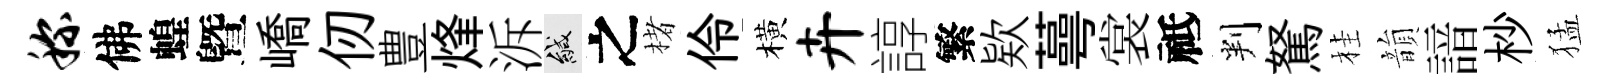
称佛蝗曁嶠仞豊烽泝緘之楮伶橫卉諄繁欵蕚裳祗判駑桂韻諳杪猛